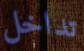
تداخل